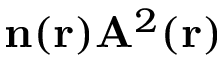
\mathbf { n } ( \mathbf { r } ) \mathbf { A } ^ { 2 } ( \mathbf { r } )